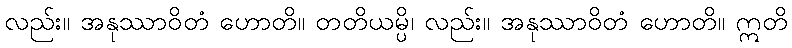
လည်း။ အနုဿာဝိတံ ဟောတိ။ တတိယမ္ပိ၊ လည်း။ အနုဿာဝိတံ ဟောတိ။ ဣတိ